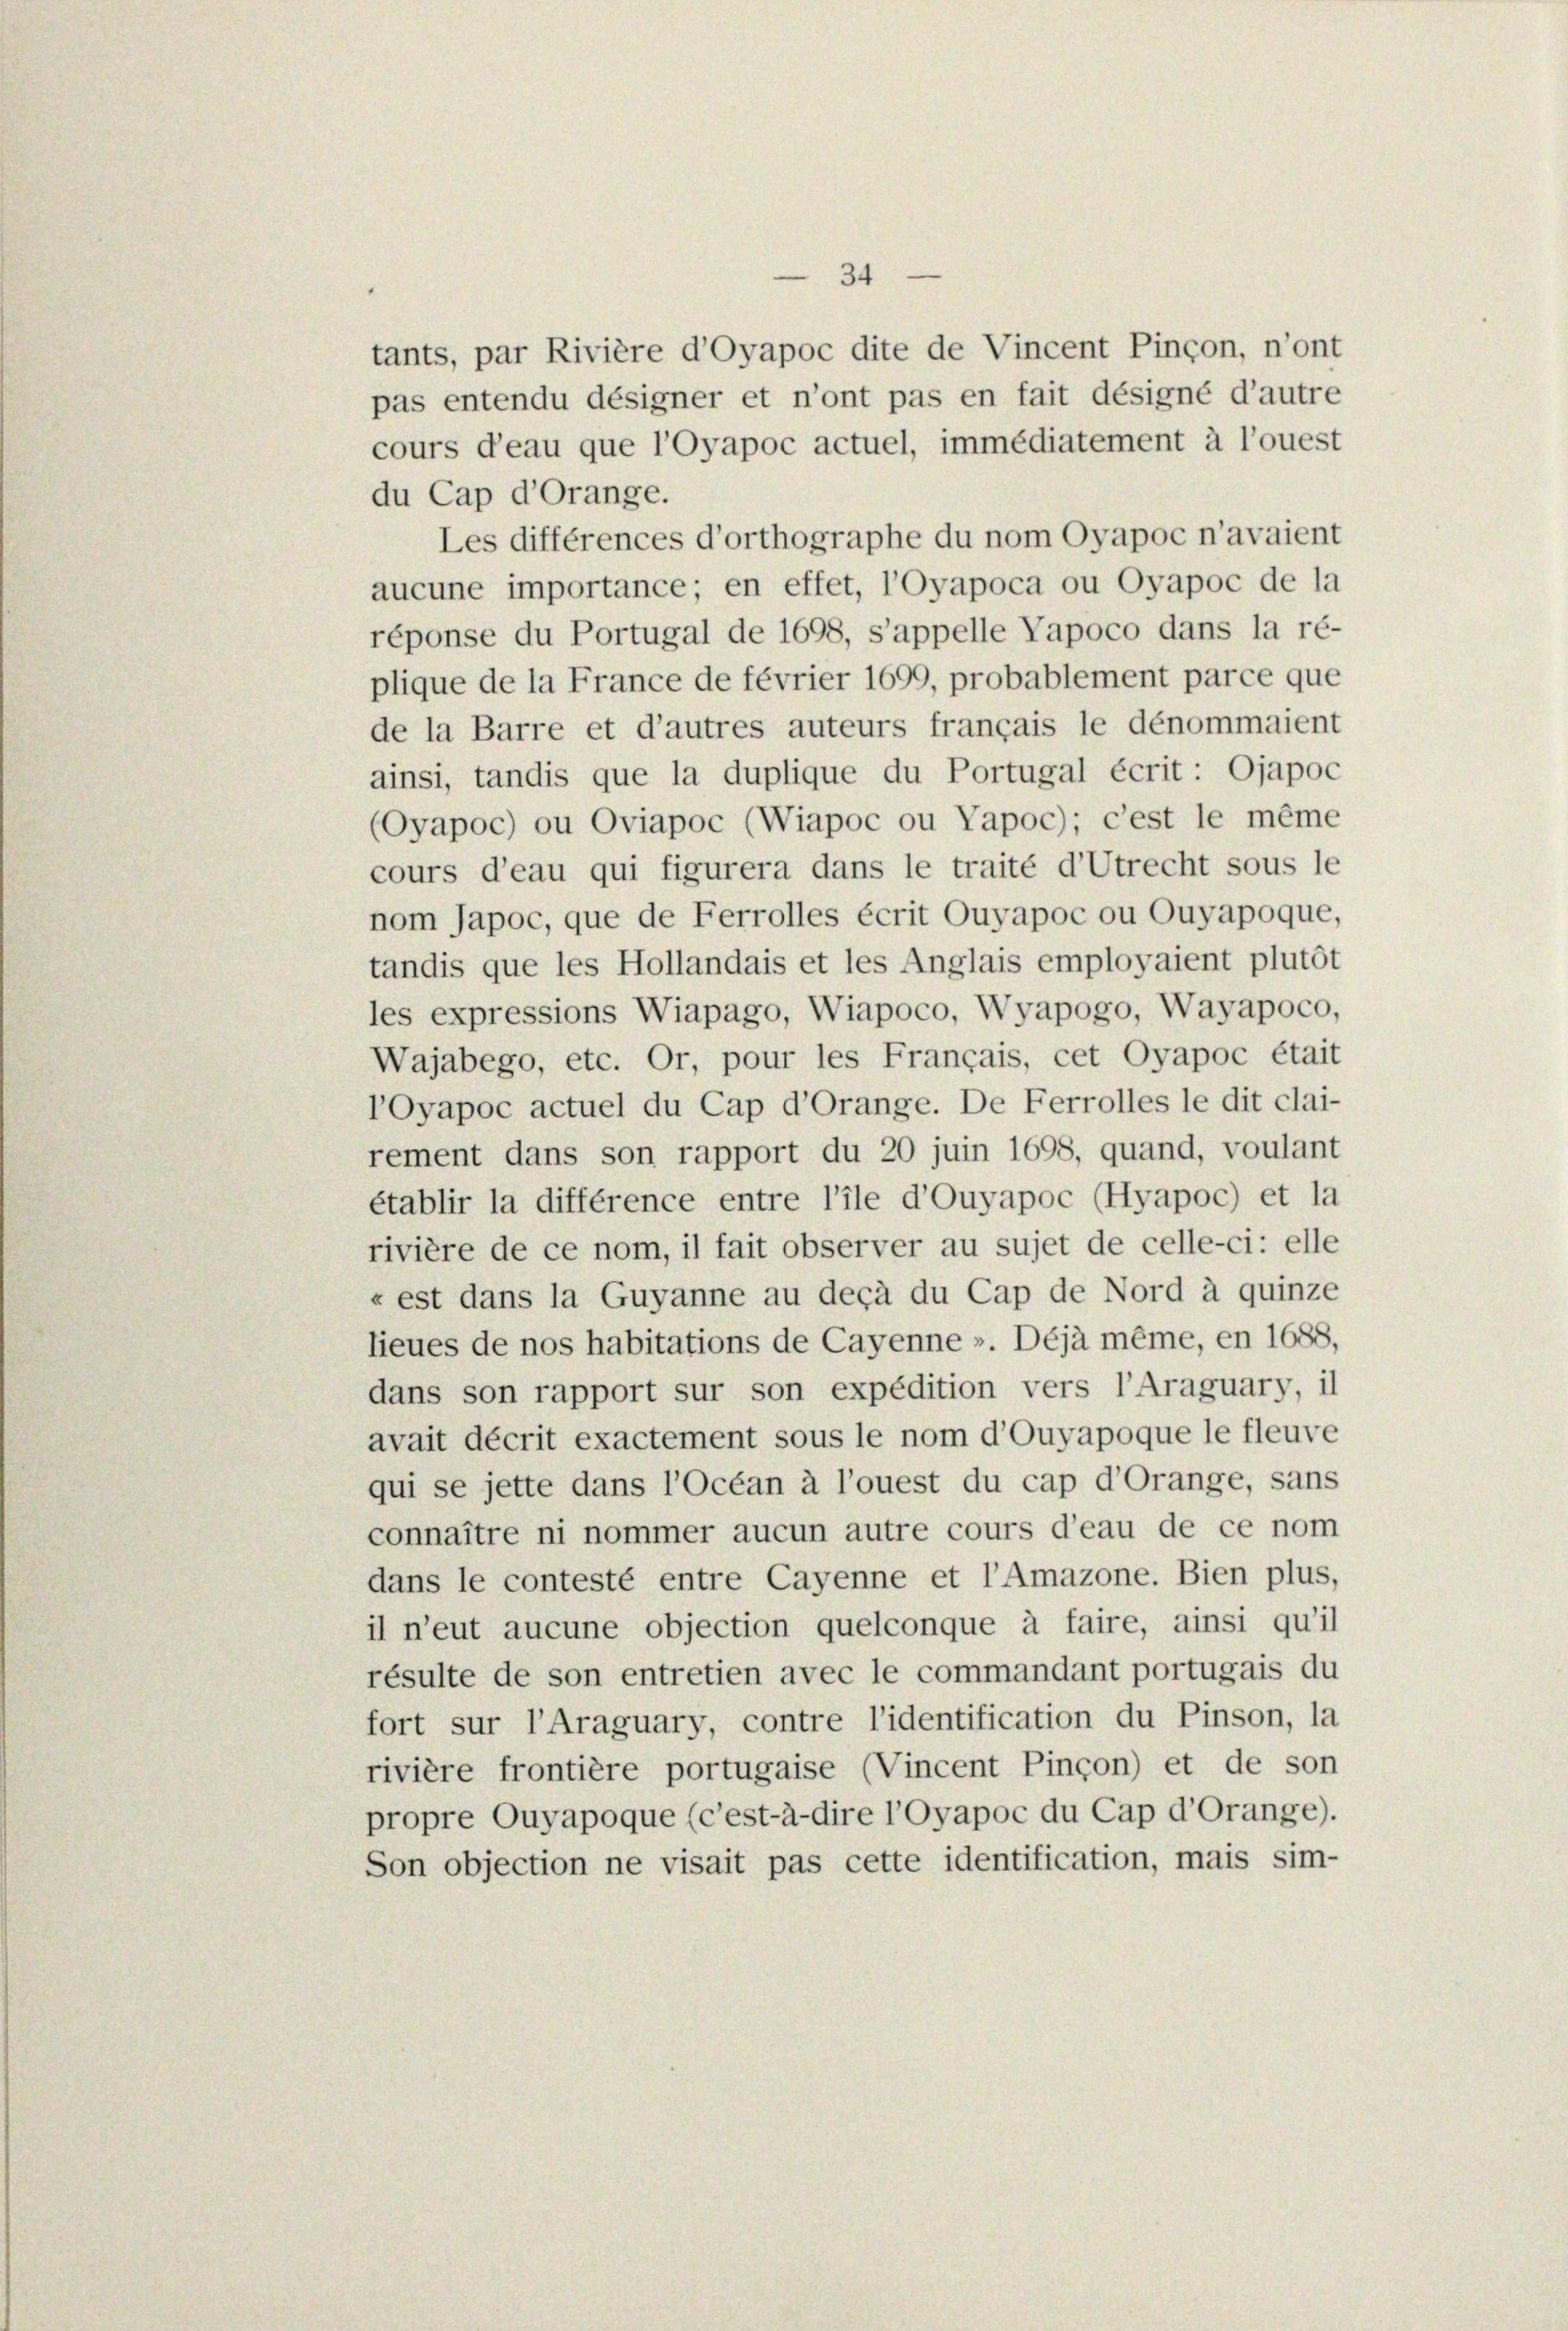
34
tants, par Rivière d’Oyapoc dite de Vincent Pinçon, n’ont
pas entendu désigner et n’ont pas en fait désigné d’autre
cours d’eau que l’Oyapoc actuel, immédiatement à l’ouest
du Cap d’Orange.
Les différences d’orthographe du nom Oyapoc n’avaient
aucune importance; en effet, l’oyapoca ou Oyapoc de la
réponse du Portugal de 1698, s’appelle Vapoco dans la ré-
plique de la France de février 1699, probablement parce que
de la Barre et d’autres auteurs français le dénommaient
ainsi, tandis que la duplique du Portugal écrit: Ojapoc
(Oyapoc) ou Oviapoc (Wiapoc ou Vapoc); c’est le même
cours d’eau qui figurera dans le traité d’Utrecht sous le
nom Japoc, que de Ferrolles écrit Quyapoc ou Quyapoque.
tandis que les Hollandais et les Anglais employaient plutôt
les expressions Wiapago, Wiapoco, Wyapogo, Wayapoco,
Wajabego, etc. Or, pour les Français, cet Oyapoc était
lOvapoc actuel du Cap d’Orange. De Ferrolles le dit clai-
rement dans son rapport du 20 juin 1698, quand, voulant
établir la différence entre l’ile d’Ouyapoc (Hyapoc) et la
rivière de ce nom, il fait observer au sujet de celle-ci: elle
« est dans la Guyanne au deçà du Cap de Nord à quinze
lieues de nos habitations de Cayenne ». Déjà même, en 1688.
dans son rapport sur son expédition vers l’Araguary, il
avait décrit exactement sous le nom d’Ouyapoque le fleuve
qui se jette dans l’Océan à l’ouest du cap d’Orange, sans
connaître ni nommer aucun autre cours d’eau de ce nom
dans le contesté entre Cayenne et l’Amazone. Bien plus,
il n’eut aucune objection quelconque à faire, ainsi qu’il
résulte de son entretien avec le commandant portugais du
fort sur l’Araguary, contre l’identification du Pinson, la
rivière frontière portugaise (Vincent Pinçon) et de son
propre Ouyapoque (c’est-à-dire l’Oyapoc du Cap d’Orange).
Son objection ne visait pas cette identification, mais sim-